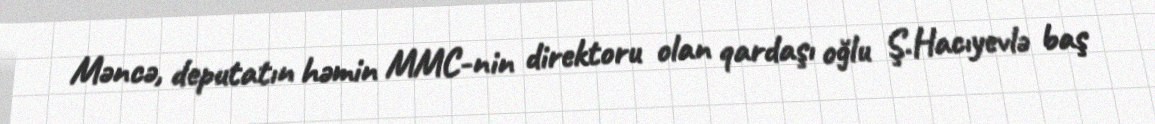
Məncə, deputatın həmin MMC-nin direktoru olan qardaşı oğlu Ş.Hacıyevlə baş